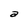
Character: a